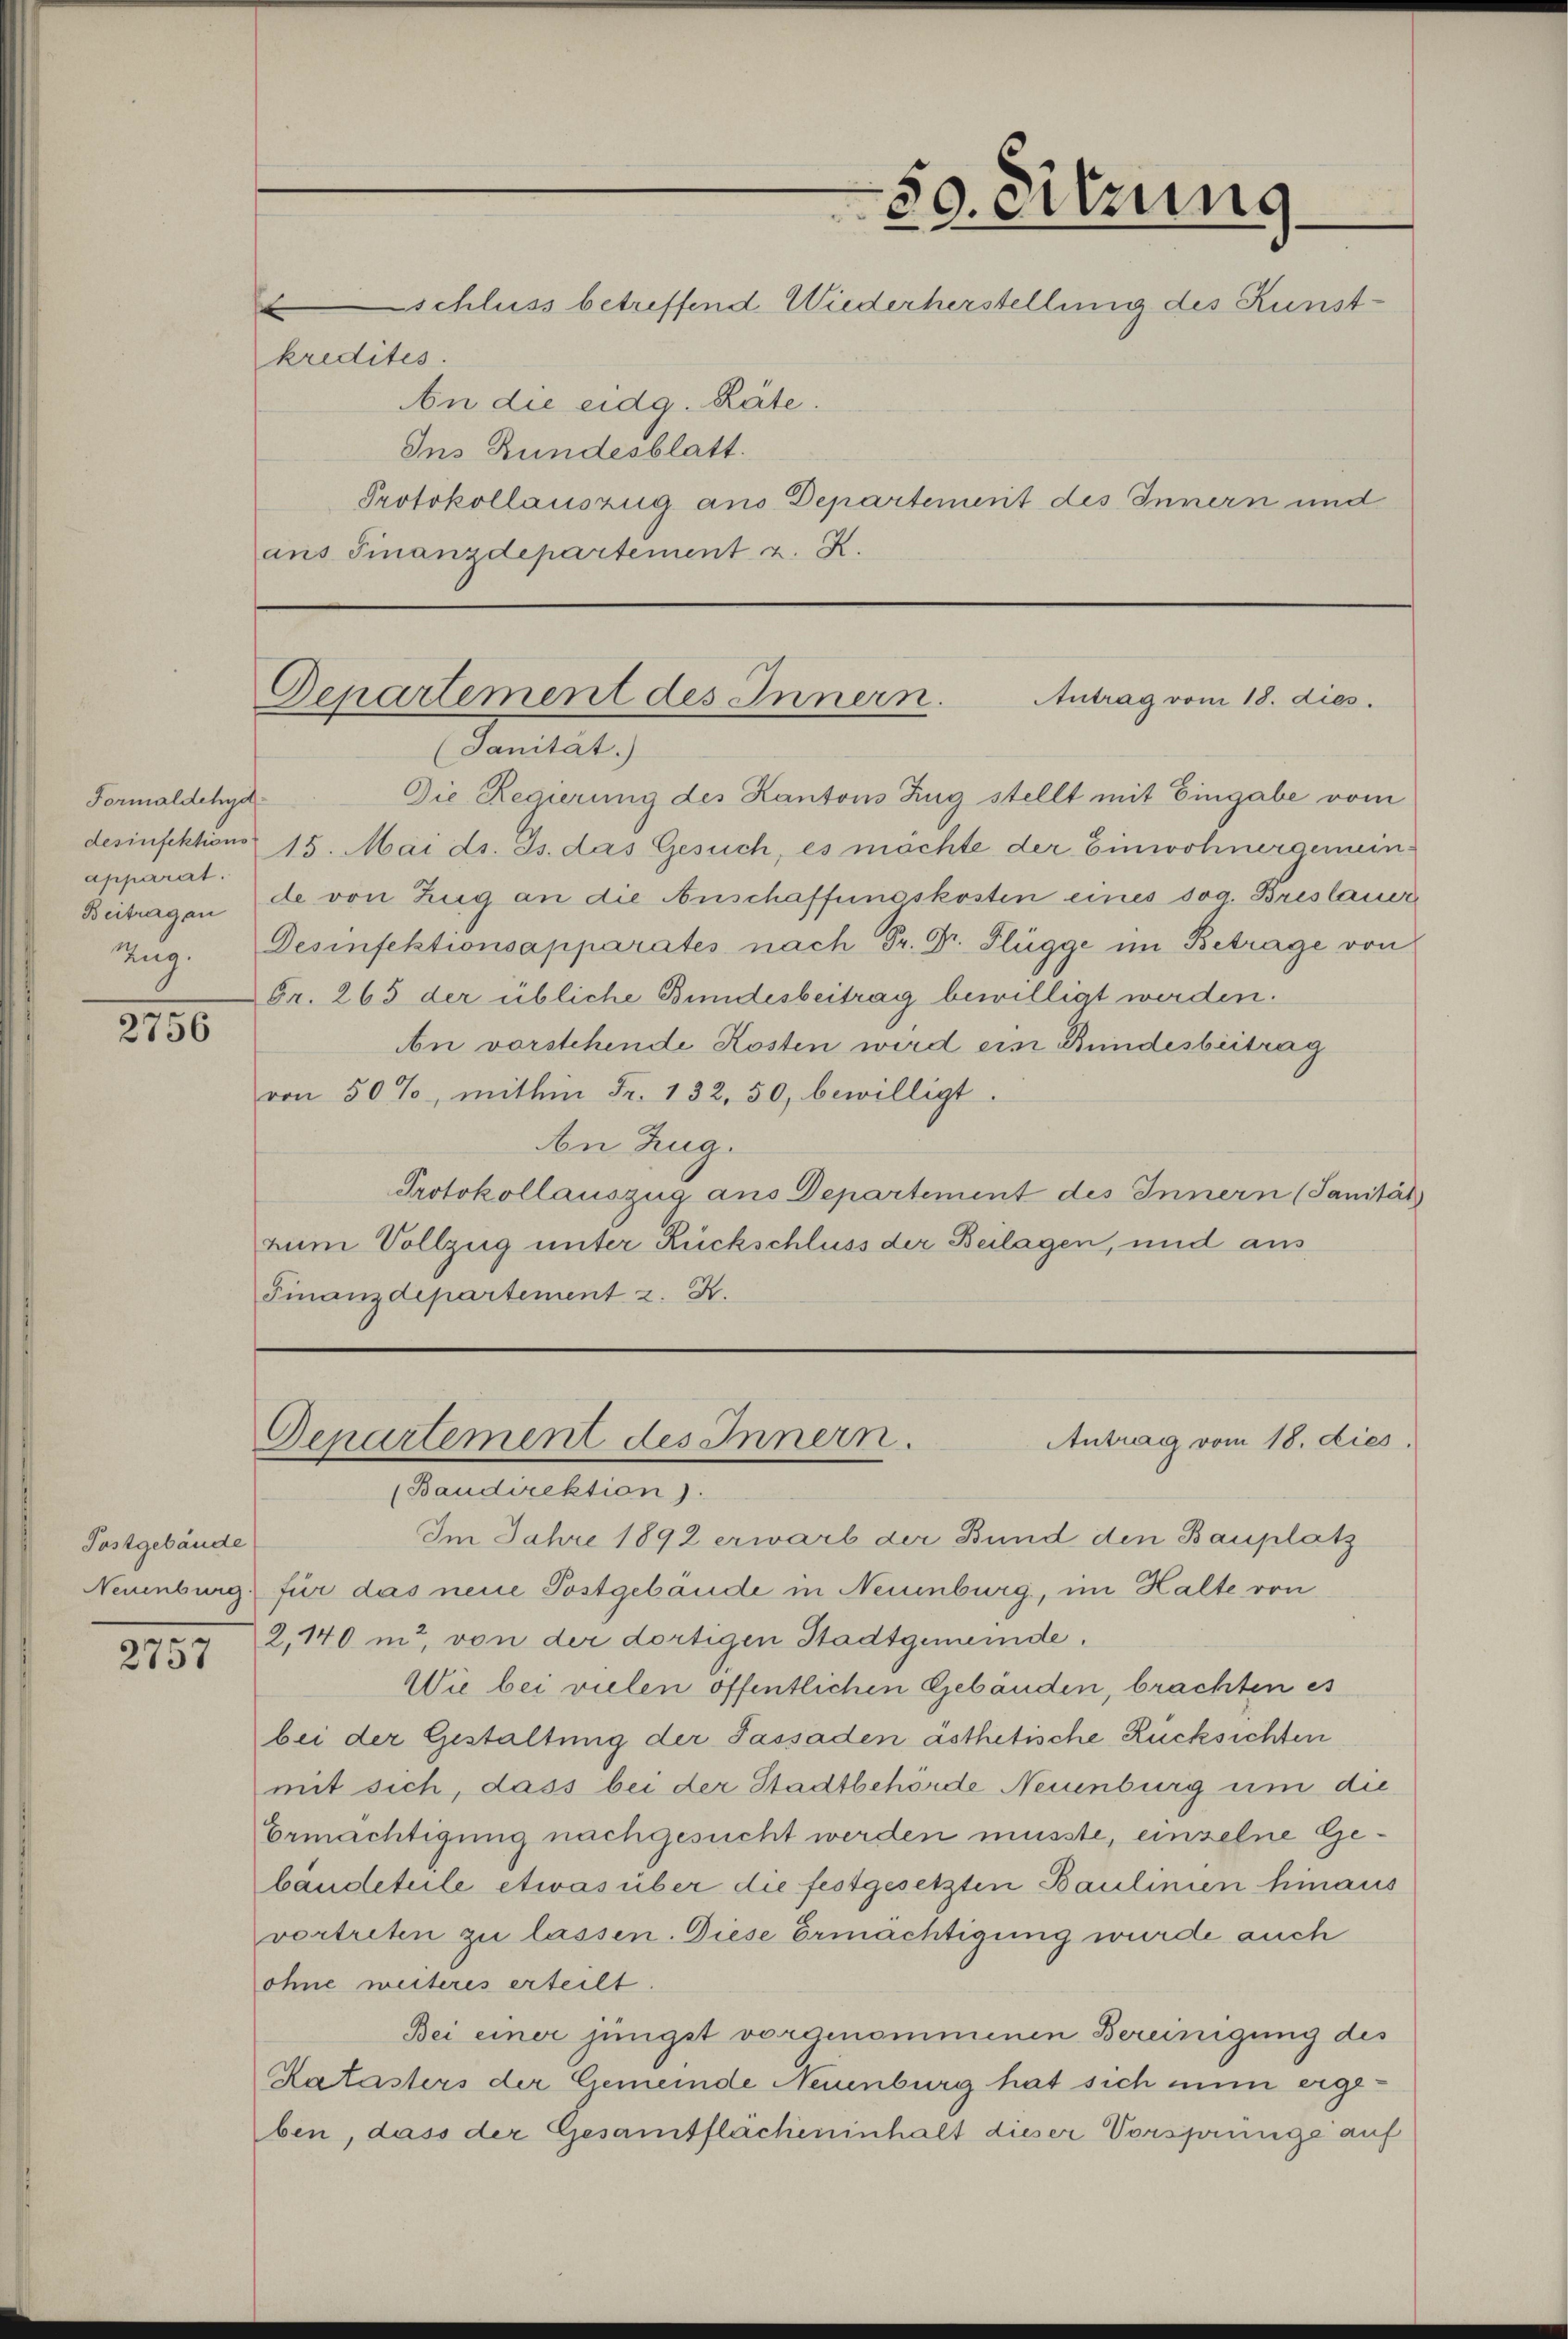
Formaldehyd
apparirt.

2756

Postgebäude

2151

schluss betreffend Wiederherstellung des Kunstkredites.
An die eidg. Räte.
Ins Bundesblatt.
Protokollauszug aus Departement des Innern und
ans Finanzdepartement z. K.

50. Sitzung

(Sanität.)
Die Regierung des Kantons Zug stellt mit Eingabe vom
desinfektion 15. Mai ds. Js. das Gesuch, es möchte der Einwohnergemein¬
Beitragen de von Zug an die Anschaffungskosten eines sog. Breslauer
Zug. Desinfektionsapparates nach Dr. Dr. Flügge im Betrage von
Fr. 265 der übliche Bundesbeitrag bewilligt werden.
An vorstehende Kosten wird ein Bundesbeitrag
von 50%, mithin Fr. 132. 50, bewilligt.
An Zug.
Protokollauszug aus Departement des Innern (Sanität
zum Vollzug unter Rückschluss der Beilagen, und aus
Finanzdepartement 2. X.

Departement des Innern.
Antrag vom 18. dies

Departement des Innern.
Antrag vom 18. dies

(Baudirektion).
Im Jahre 1892 erwarb der Bund den Bauplatz
Neuenburg für das neue Postgebäude in Neuenburg, im Halte von
2,140 in, von der dortigen Stadtgemeinde.
Wie bei vielen öffentlichen Gebäuden, brachten es
bei der Gestaltung der Passaden ästhetische Rücksichten
mit sich, dass bei der Stadtbehörde Neuenburg um die
Ermächtigung nachgesucht werden müsste, einzelne Gebändeteile etwas über die festgesetzten Baulinien hinaus
vortreten zu lassen. Diese Ermächtigung wurde auch
ohne weiteres erteilt.
Bei einer jüngst vorgenommenen Bereinigung des
Ratasters der Gemeinde Neuenburg hat sich nun ergeben, dass der Gesamtflächeninhalt dieser Vorsprünge auf